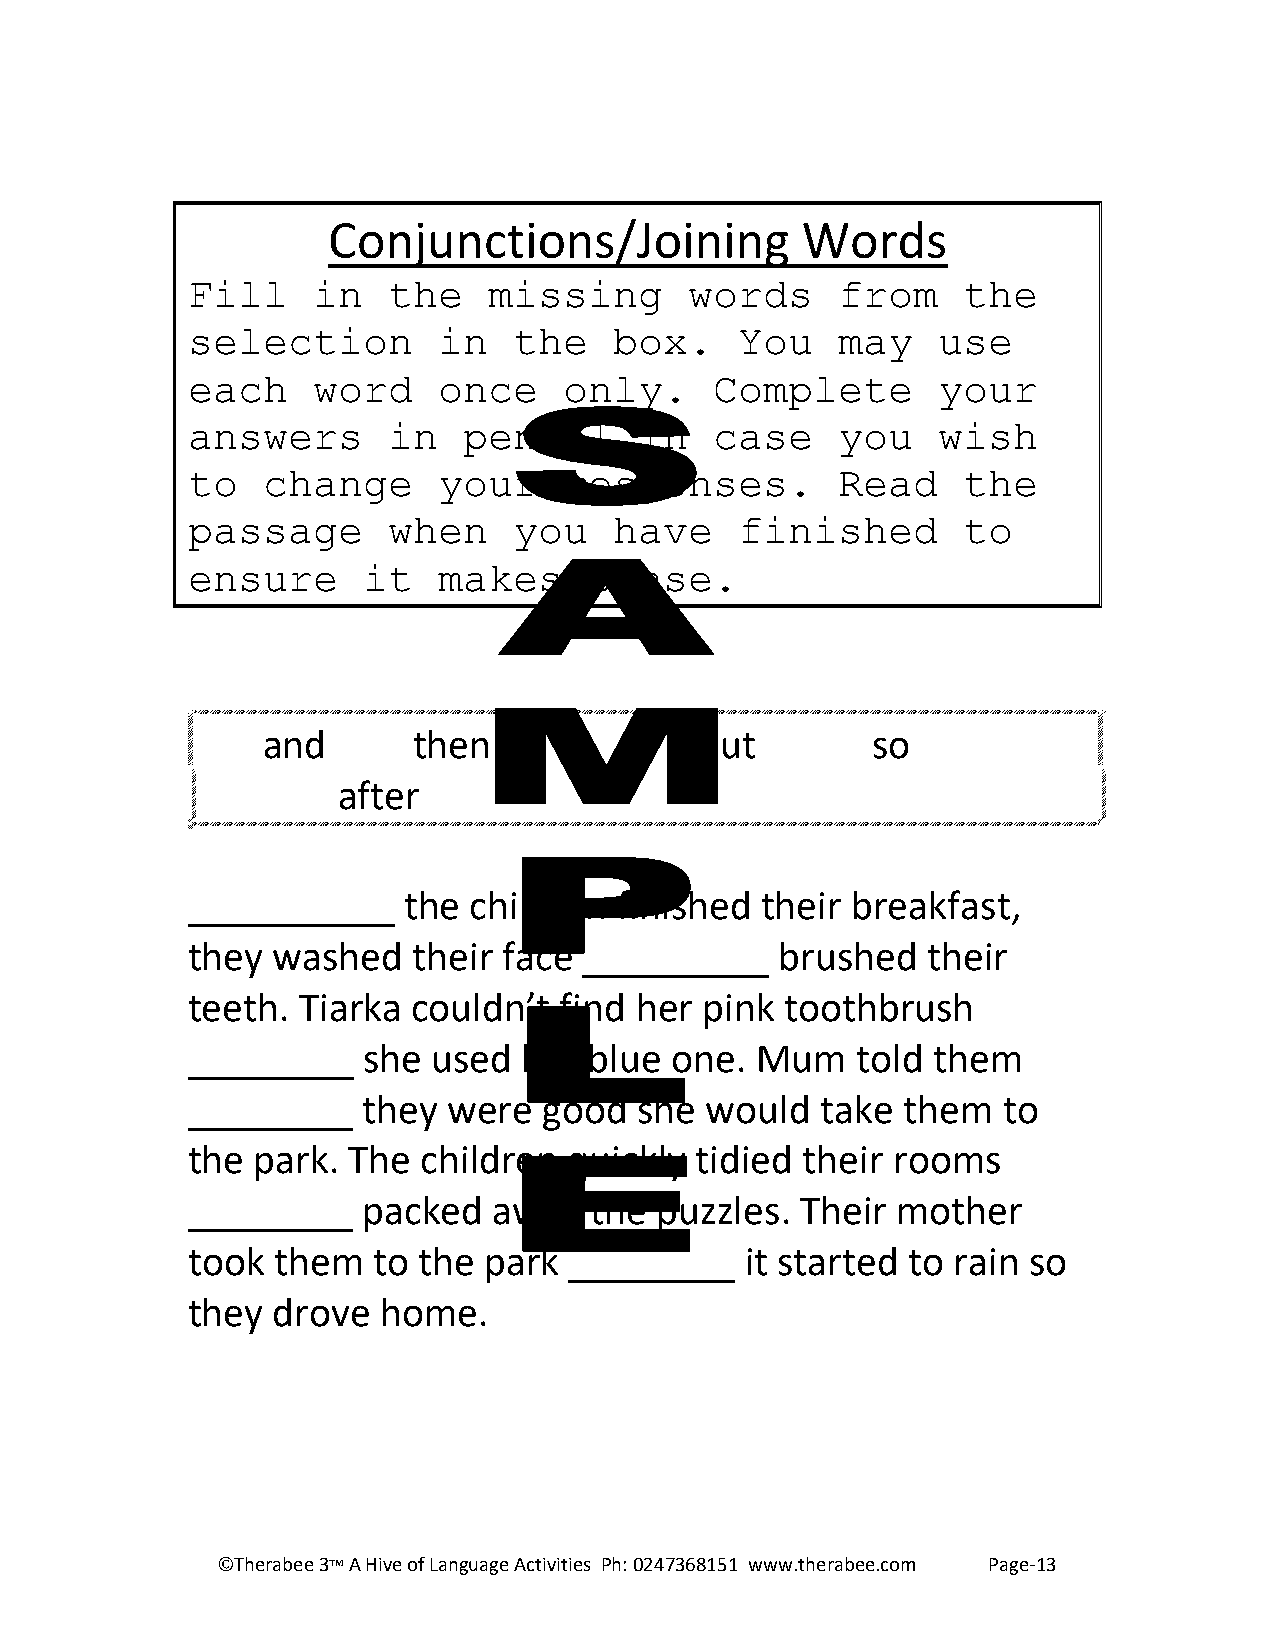
Conjunctions/Joining           Words
 Fill     in   the   missing       words    from     the
 selection        in   the    box.    You   may    use
 each     word    once    only.     Complete       your
 answers       in   pencil     in   case    you    wish
 to   change      your    responses.        Read     the
 passage       when    you    have    finished       to
 ensure      it   makes     sense.
 and       then           if  but         so
 after
 __________     the children  finished their breakfast,
 they  washed   their face  _________    brushed  their
 teeth.  Tiarka couldn’t  find her pink  toothbrush
 ________    she  used  her blue one.  Mum    told them
 ________    they  were  good  she  would  take  them  to
 the  park. The  children  quickly tidied their rooms
 ________    packed   away  the  puzzles. Their mother
 took  them   to the park  ________   it started to rain so
 they  drove  home.
 ©Therabee 3 A Hive of Language Activities Ph: 0247368151 www.therabee.com Page-13